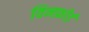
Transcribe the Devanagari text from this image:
विनफ़ोर्ड